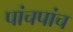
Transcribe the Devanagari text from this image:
पांचपांच